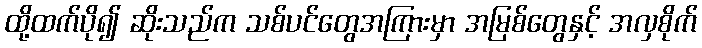
ထို့ထက်ပို၍ ဆိုးသည်က သစ်ပင်တွေအကြားမှာ အမြစ်တွေနှင့် အလှစိုက်